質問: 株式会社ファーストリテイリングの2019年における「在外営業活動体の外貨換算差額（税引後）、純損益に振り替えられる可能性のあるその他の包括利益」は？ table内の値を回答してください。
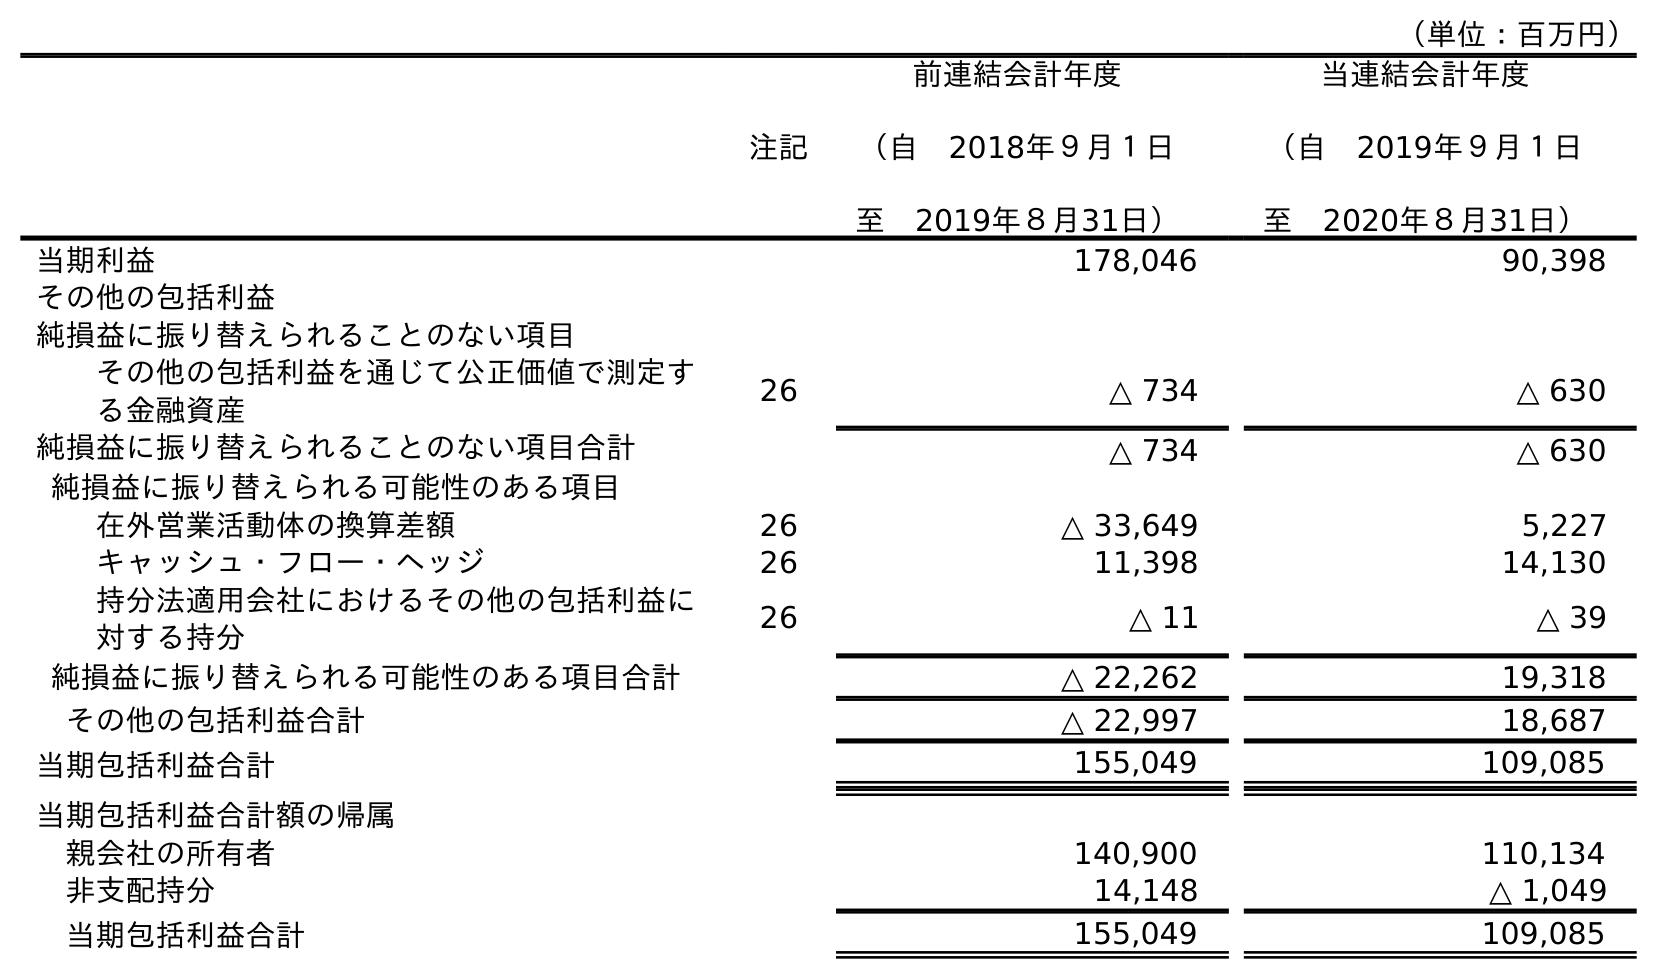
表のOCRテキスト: （単位：百万円） 注記 前連結会計年度 （自 2018年９月１日 至 2019年８月31日） 当連結会計年度 （自 2019年９月１日 至 2020年８月31日） 当期利益 178,046 90,398 その他の包括利益 純損益に振り替えられることのない項目 その他の包括利益を通じて公正価値で測定す る金融資産 26 △ 734 △ 630 純損益に振り替えられることのない項目合計 △ 734 △ 630 純損益に振り替えられる可能性のある項目 在外営業活動体の換算差額 26 △ 33,649 5,227 キャッシュ・フロー・ヘッジ 26 11,398 14,130 持分法適用会社におけるその他の包括利益に 対する持分 26 △ 11 △ 39 純損益に振り替えられる可能性のある項目合計 △ 22,262 19,318 その他の包括利益合計 △ 22,997 18,687 当期包括利益合計 155,049 109,085 当期包括利益合計額の帰属 親会社の所有者 140,900 110,134 非支配持分 14,148 △ 1,049 当期包括利益合計 155,049 109,085
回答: △33,649